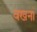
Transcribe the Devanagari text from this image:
वखनां